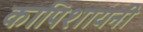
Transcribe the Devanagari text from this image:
कापिशायनी